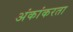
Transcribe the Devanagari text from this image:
अंकांकरता